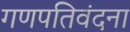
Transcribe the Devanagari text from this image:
गणपतिवंदना